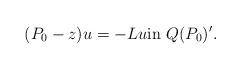
LaTeX: \begin{align*}(P_0-z)u=-Lu\mbox{in }Q(P_0)'.\end{align*}